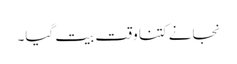
نجانے کتنا وقت بیت گیا۔